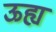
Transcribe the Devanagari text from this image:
ऊह्य